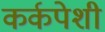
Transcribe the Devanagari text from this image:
कर्कपेशी